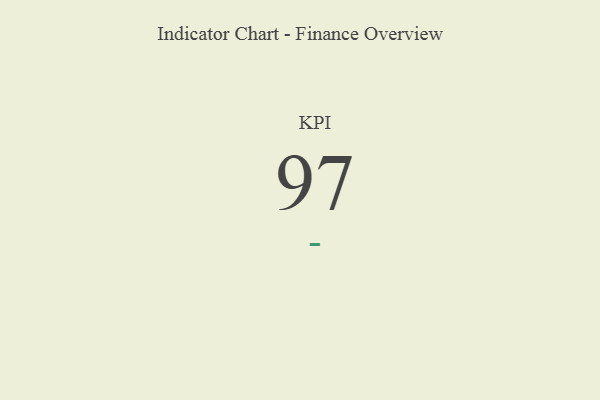
{"axis": {"x": "KPI", "y": "Value"}, "legend": [""], "data": [{"x": "KPI", "y": 97, "type": ""}]}